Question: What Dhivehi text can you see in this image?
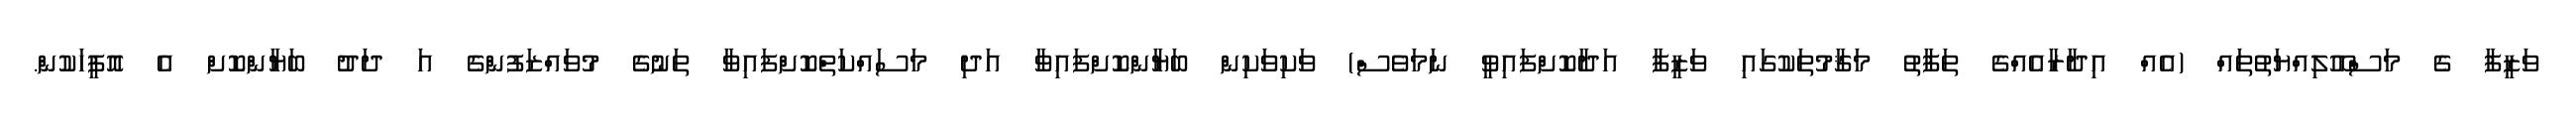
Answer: ވަޒީފާ ގެ މަސްއޫލިއްޔަތުތައް (އެއް އިދާރާއެއްގެ ތަފާތު މަޤާމުތަކުގައި ވަޒީފާ އަދާކޮށްފައިވީ ނަމަވެސް) ވަކިވަކިން ބަޔާންކޮށްފައިވާ އަދި މަސައްކަތްކޮށްފައިވާ ތަނުގެ މުވައްޒަފުންގެ އަ ދަދު ބަޔާންކޮށް އެ އޮފީހަކުން.